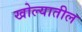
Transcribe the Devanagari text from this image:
खोल्यातील